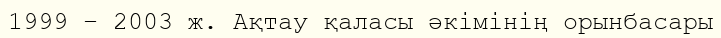
1999 – 2003 ж. Ақтау қаласы әкімінің орынбасары